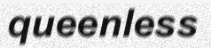
queenless